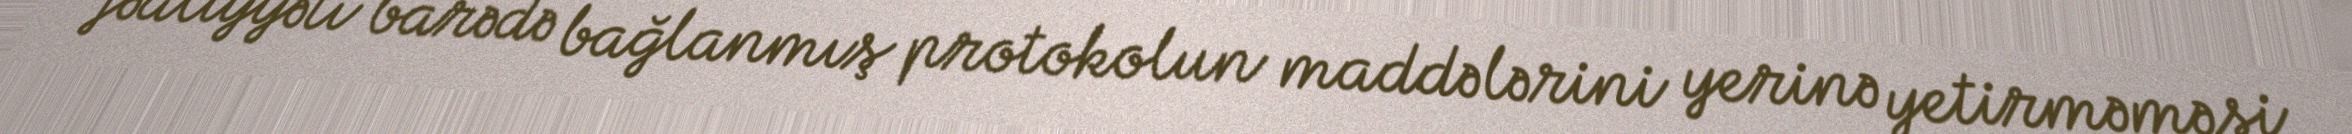
fəaliyyəti barədə bağlanmış protokolun maddələrini yerinə yetirməməsi